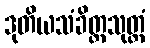
ဒုတိယသံခိတ္တသုတ္တံ